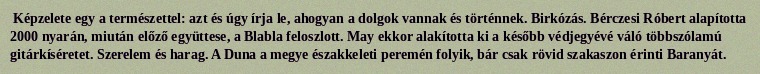
Képzelete egy a természettel: azt és úgy írja le, ahogyan a dolgok vannak és történnek. Birkózás. Bérczesi Róbert alapította 2000 nyarán, miután előző együttese, a Blabla feloszlott. May ekkor alakította ki a később védjegyévé váló többszólamú gitárkíséretet. Szerelem és harag. A Duna a megye északkeleti peremén folyik, bár csak rövid szakaszon érinti Baranyát.